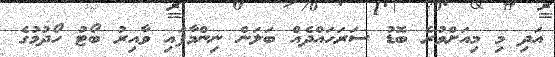
އަދި މި މިއަށްވުރެ ބޮޑު ސަރަހައްދެއް ބަލަން ނިންމާފައި ވާއިރު ބޯޓު ހޯދުމުގެ